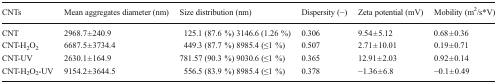
<table><thead><tr><td><b>CNTs</b></td><td><b>Mean aggregates diameter (nm)</b></td><td><b>Size distribution (nm)</b></td><td><b>Dispersity (−)</b></td><td><b>Zeta potential (mV)</b></td><td><b>Mobility (m<sup>2</sup>/s*V)</b></td></tr></thead><tbody><tr><td>CNT</td><td>2968.7 ± 240.9</td><td>125.1 (87.6 %) 3146.6 (1.26 %)</td><td>0.306</td><td>9.54 ± 5.12</td><td>0.68 ± 0.36</td></tr><tr><td>CNT-H<sub>2</sub>O<sub>2</sub></td><td>6687.5 ± 3734.4</td><td>449.3 (87.7 %) 8985.4 (≤1 %)</td><td>0.507</td><td>2.71 ± 10.01</td><td>0.19 ± 0.71</td></tr><tr><td>CNT-UV</td><td>2630.1 ± 164.9</td><td>781.57 (90.3 %) 9030.6 (≤1 %)</td><td>0.365</td><td>12.91 ± 2.03</td><td>0.92 ± 0.14</td></tr><tr><td>CNT-H<sub>2</sub>O<sub>2</sub>-UV</td><td>9154.2 ± 3644.5</td><td>556.5 (83.9 %) 8985.4 (≤1 %)</td><td>0.378</td><td>−1.36 ± 6.8</td><td>−0.1 ± 0.49</td></tr></tbody></table>